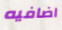
اضافيه